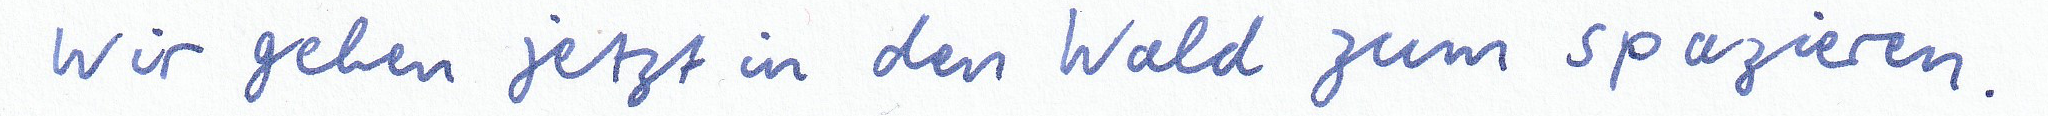
Wir gehen jetzt in den Wald zum spazieren.